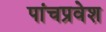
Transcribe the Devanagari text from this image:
पांचप्रवेश